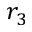
r _ { 3 }